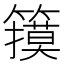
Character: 𱸬